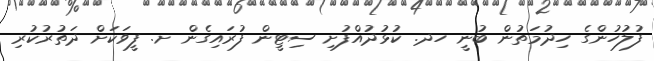
ފުލުހުންގެ ހިދުމަތުން ބުނީ ހދ. ކުޅުދުއްފުށި ސިޓީން ފުރައިގެން ށ. ފީވަކަށް ދަތުރުކުރި